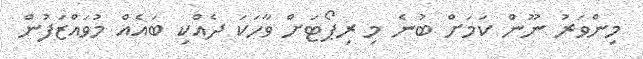
މިންވަރު ނޫން ކަމަށް ބުނެ މި ރިޕޯޓަށް ވާހަކަ ދެއްކި ބައެއް މުވައްޒަފުން